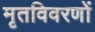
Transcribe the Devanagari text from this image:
मृतविवरणों